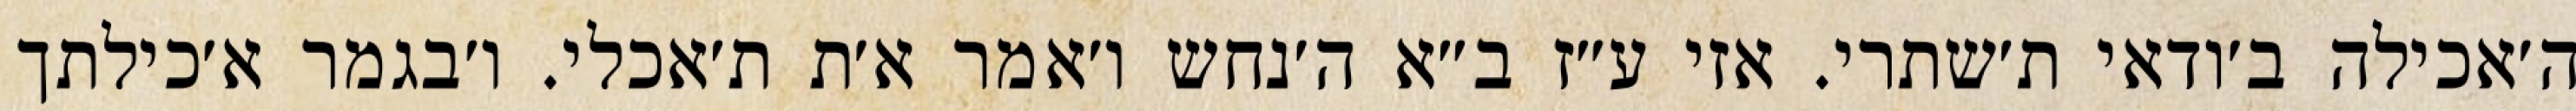
ה׳אכילה ב׳ודאי ת׳שתרי. אזי ע״ז ב״א ה׳נחש ו׳אמר א׳ת ת׳אכלי. ו׳בגמר א׳כילתך